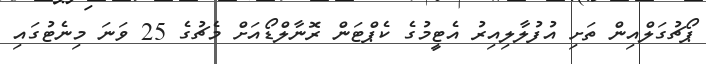
ޕޯޗުގަލްއިން ތަށި އުފުލާލިިއިރު އެޓީމުގެ ކެޕްޓަން ރޮނާލްޑޯއަށް މެޗުގެ 25 ވަނަ މިނެޓުގައި